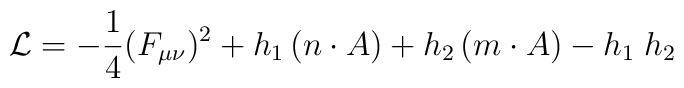
{\cal L} = -\frac {1}{4}(F_{\mu\nu})^2+h_1\,(n\cdot A)+h_2\,(m\cdot A)-h_1\;h_2